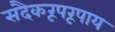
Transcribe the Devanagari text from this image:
सदैकरूपरूपाय